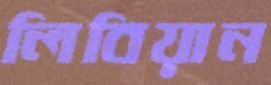
লিবিয়ান